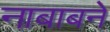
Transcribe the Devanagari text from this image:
नाबाबने